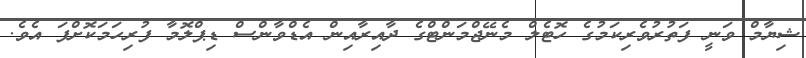
ޝިޔާމް ވަނީ ފަތުރުވެރިކަމުގެ ހޮޓެލް މެނޭޖްމަންޓްގެ ދާއިރާއިން އެޑްވާންސް ޑިޕްލޮމާ ފުރިހަމަކޮށްފަ އެވެ.